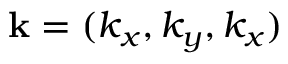
{ \bf k } = ( k _ { x } , k _ { y } , k _ { x } )